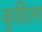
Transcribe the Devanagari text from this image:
कुहिला